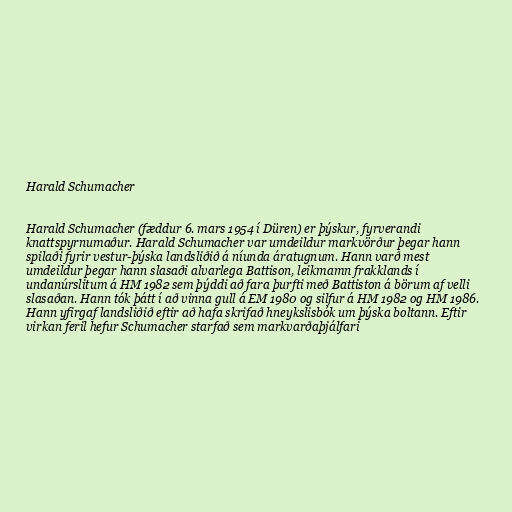
Harald Schumacher

Harald Schumacher (fæddur 6. mars 1954 í Düren) er þýskur, fyrverandi
knattspyrnumaður. Harald Schumacher var umdeildur markvörður þegar hann
spilaði fyrir vestur-þýska landsliðið á níunda áratugnum. Hann varð mest
umdeildur þegar hann slasaði alvarlega Battison, leikmamn frakklands í
undanúrslitum á HM 1982 sem þýddi að fara þurfti með Battiston á börum af velli
slasaðan. Hann tók þátt í að vinna gull á EM 1980 og silfur á HM 1982 og HM 1986.
Hann yfirgaf landsliðið eftir að hafa skrifað hneykslisbók um þýska boltann. Eftir
virkan feril hefur Schumacher starfað sem markvarðaþjálfari